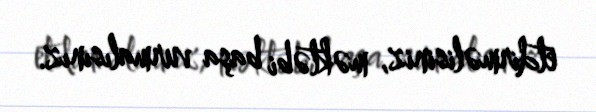
etdirməlisiniz, məktəbi başa vurmalısınız.